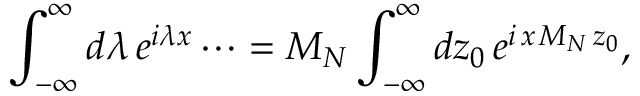
\int _ { - \infty } ^ { \infty } d \lambda \, e ^ { i \lambda x } \cdots = M _ { N } \int _ { - \infty } ^ { \infty } d z _ { 0 } \, e ^ { i \, x \, M _ { N } \, z _ { 0 } } ,